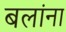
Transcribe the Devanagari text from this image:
बलांना